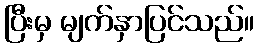
ပြီးမှ မျက်နှာပြင်သည်။